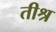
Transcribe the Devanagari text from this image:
तीश्र